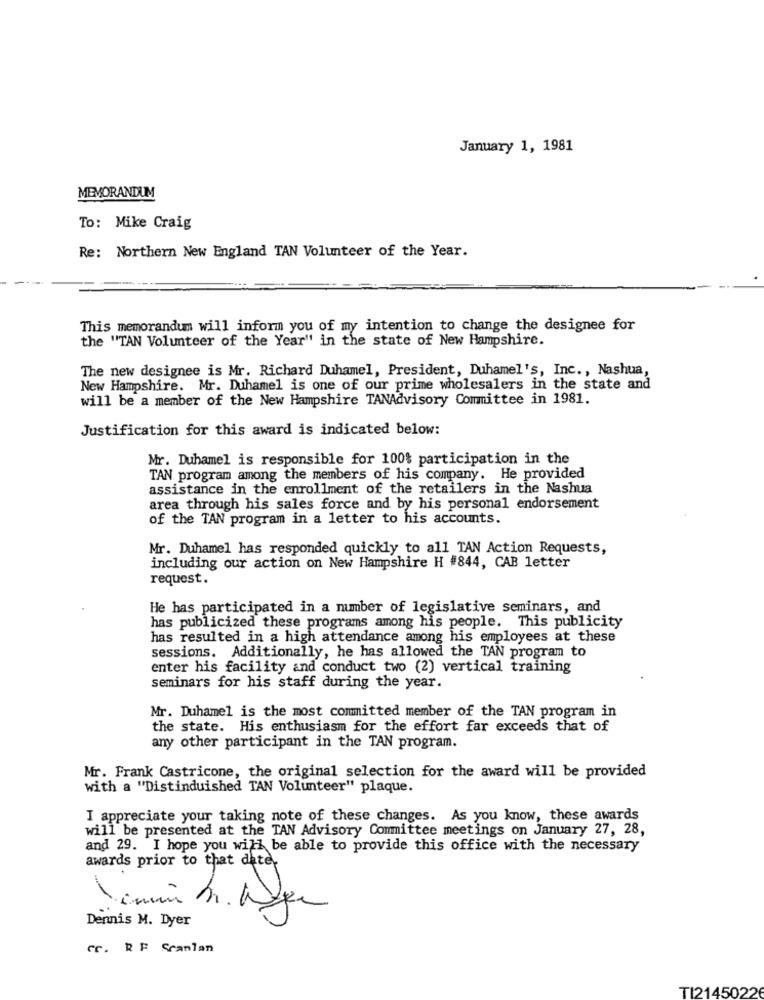
January 1, 1981
MEMORANDUM
To: Mike Craig
Re: Northern New England TAN Volunteer of the Year.
This memorandum will inform you of my intention to change the designee for
the "TAN Volunteer of the Year" in the state of New Hampshire.
The new designee is Mr. Richard Duhamel, President, Duhamel's, Inc ., Nashua,
New Hampshire. Mr. Duhamel is one of our prime wholesalers in the state and
will be a member of the New Hampshire TANAdvisory Committee in 1981.
Justification for this award is indicated below:
Mr. Duhamel is responsible for 100% participation in the
TAN program among the members of his company. He provided
assistance in the enrollment of the retailers in the Nashua
area through his sales force and by his personal endorsement
of the TAN program in a letter to his accounts.
Mr. Duhamel has responded quickly to all TAN Action Requests,
including our action on New Hampshire H #844, CAB letter
request.
He has participated in a number of legislative seminars, and
has publicized these programs among his people. This publicity
has resulted in a high attendance among his employees at these
sessions. Additionally, he has allowed the TAN program to
enter his facility and conduct two (2) vertical training
seminars for his staff during the year.
Mr. Duhamel is the most committed member of the TAN program in
the state. His enthusiasm for the effort far exceeds that of
any other participant in the TAN program.
Mr. Frank Castricone, the original selection for the award will be provided
with a "Distinduished TAN Volunteer" plaque.
I appreciate your taking note of these changes. As you know, these awards
will be presented at the TAN Advisory Committee meetings on January 27, 28,
and 29. I hope you will be able to provide this office with the necessary
awards prior to that date.
Dennis M. Dyer
Gr. RF Scanlan
TI21450226